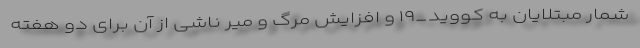
شمار مبتلایان به کووید_۱۹ و افزایش مرگ و میر ناشی از آن برای دو هفته